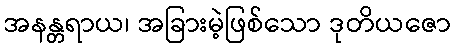
အနန္တရာယ၊ အခြားမဲ့ဖြစ်သော ဒုတိယဇော